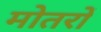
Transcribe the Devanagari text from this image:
मोतरों